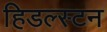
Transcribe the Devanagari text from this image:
हिडल्स्टन